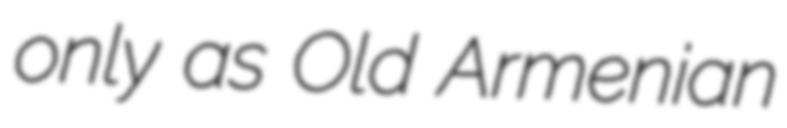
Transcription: only as Old Armenian